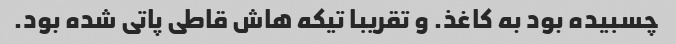
چسبیده بود به کاغذ. و تقریبا تیکه هاش قاطی پاتی شده بود.